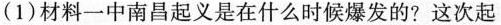
(1)材料一中南昌起义是在什么时候爆发的?这次起